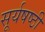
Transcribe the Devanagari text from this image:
सूर्यषष्ठी